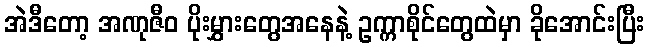
အဲဒီတော့ အဏုဇီဝ ပိုးမွှားတွေအနေနဲ့ ဥက္ကာစိုင်တွေထဲမှာ ခိုအောင်းပြီး